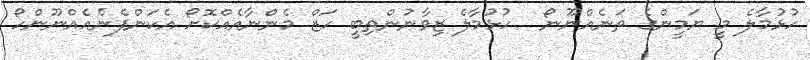
ހުޅުމާލެ މީ ޔަމީންގެ ތަނެއްނޫނޯ  ހުޅުމާލެ ޒިވާނުންތިބީ ހަޒް މެންނާއެއްކޮށޯ އެކަންފެނެއެއްނޫންހޯ